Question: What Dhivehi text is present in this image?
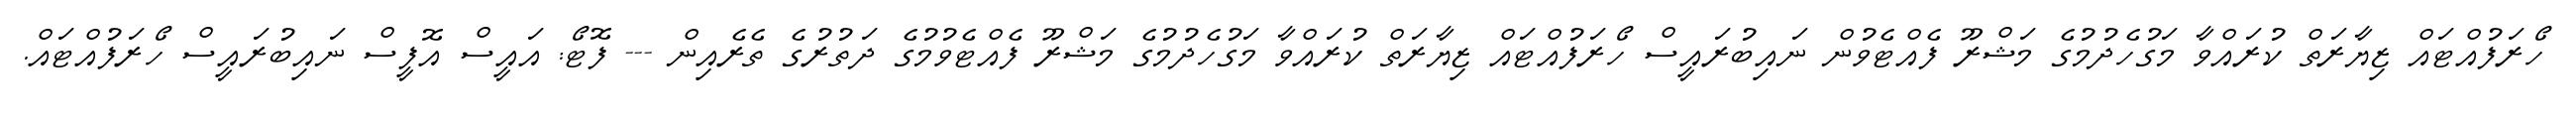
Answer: ހޯރަފުއްޓައް ޒިޔާރަތް ކުރައްވާ މަގުހެދުމުގެ މަޝްރޫ ފެއްޓެވުން ނައިބުރައީސް ހޯރަފުއްޓައް ޒިޔާރަތް ކުރައްވާ މަގުހެދުމުގެ މަޝްރޫ ފެއްޓެވުމުގެ ދަތުރުގެ ތެރެއިން --- ފޮޓޯ: އައީސް އޮފީސް ނައިބުރައީސް ހޯރަފުއްޓައް.